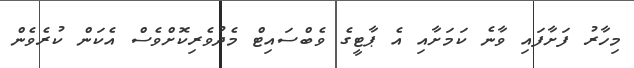
މިހާރު ފަށާފައި ވާނެ ކަމަށާއި އެ ޕާޓީގެ ވެބްސައިޓް މެދުވެރިކޮށްވެސް އެކަން ކުރެވެން